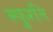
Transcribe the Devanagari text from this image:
स्फुरति